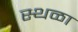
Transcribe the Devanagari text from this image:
स्थळा